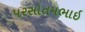
પરસોતમભાઇ